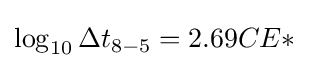
\log _{10}\Delta t_{8-5}=2.69CE*